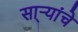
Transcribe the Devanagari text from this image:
सा्र्‍यांचे